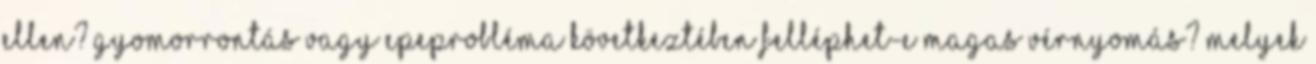
ellen? Gyomorrontás vagy epeprobléma következtében felléphet-e magas vérnyomás? Melyek